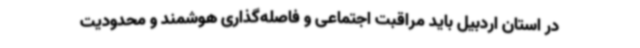
در استان اردبیل باید مراقبت اجتماعی و فاصله‌گذاری هوشمند و محدودیت